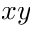
x y